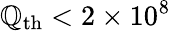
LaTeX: \mathbb{Q}_{\mathrm{{th}}}<2\times10^{8}